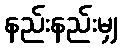
နည်းနည်းမျှ